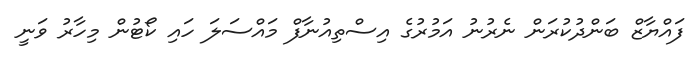
ފައްޔާޒް ބަންދުކުރަން ނެރުނު އަމުރުގެ އިސްތިއުނާފް މައްސަލަ ހައި ކޯޓުން މިހާރު ވަނީ